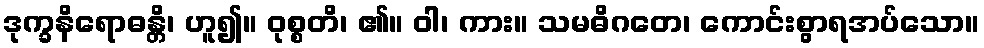
ဒုက္ခနိရောဓန္တိ၊ ဟူ၍။ ဝုစ္စတိ၊ ၏။ ဝါ၊ ကား။ သမဓိဂတေ၊ ကောင်းစွာရအပ်သော။